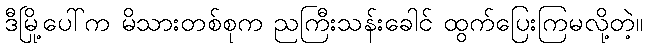
ဒီမြို့ပေါ်က မိသားတစ်စုက ညကြီးသန်းခေါင် ထွက်ပြေးကြမလို့တဲ့။